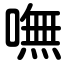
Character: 嘸